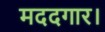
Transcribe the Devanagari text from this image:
मददगार।